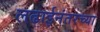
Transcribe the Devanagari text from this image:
लढाईनंतरच्या